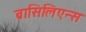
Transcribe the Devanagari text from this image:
ब्रासिलिएन्स